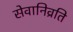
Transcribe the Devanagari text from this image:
सेवानिव्रति